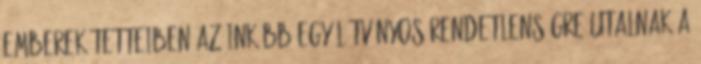
emberek tetteiben az inkább egy látványos rendetlenségre utalnak a